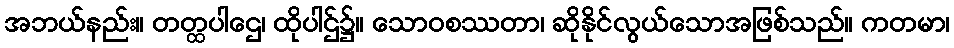
အဘယ်နည်း။ တတ္ထပါဌေ၊ ထိုပါဌ်၌။ သောဝစဿတာ၊ ဆိုနိုင်လွယ်သောအဖြစ်သည်။ ကတမာ၊